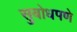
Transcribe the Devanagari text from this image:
सुबोधपणे